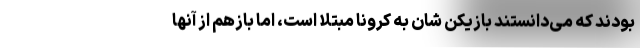
بودند که می‌دانستند بازیکن شان به کرونا مبتلا است، اما بازهم از آنها